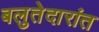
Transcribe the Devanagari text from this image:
बलुतेदारांत